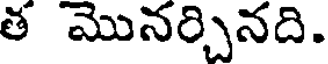
త మొనర్చినది.